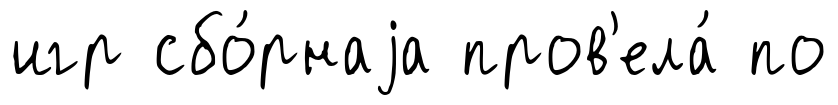
игр сбо́рнаjа пров'ела́ по